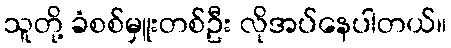
သူတို့ ခံစစ်မှူးတစ်ဦး လိုအပ်နေပါတယ်။